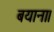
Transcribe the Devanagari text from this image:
बयाना।